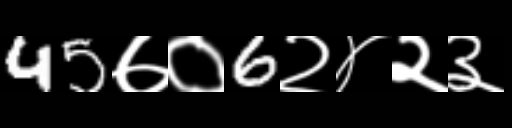
Text: 45७०6२४२३